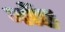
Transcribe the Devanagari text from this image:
नोंह